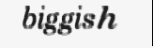
biggish